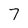
Character: 7